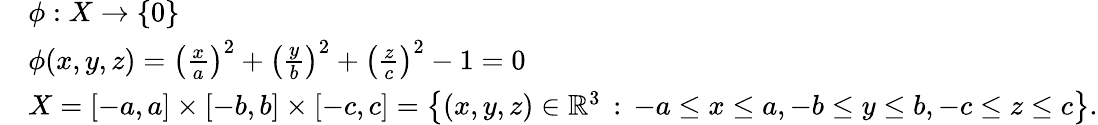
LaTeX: {\begin{array}{rl}&{\phi:X\to\{ 0\} }\\ &{\phi(x,y,z)=\left({\frac{x}{a}}\right)^{2}+\left({\frac{y}{b}}\right)^{2}+\left({\frac{z}{c}}\right)^{2}-1=0}\\ &{X=[-a,a]\times[-b,b]\times[-c,c]=\left\{ (x,y,z)\in\mathbb{R}^{3}\, :\, -a\leq x\leq a,-b\leq y\leq b,-c\leq z\leq c\right\} .}\end{array}}